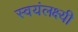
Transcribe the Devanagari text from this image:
स्वयंलक्ष्यी